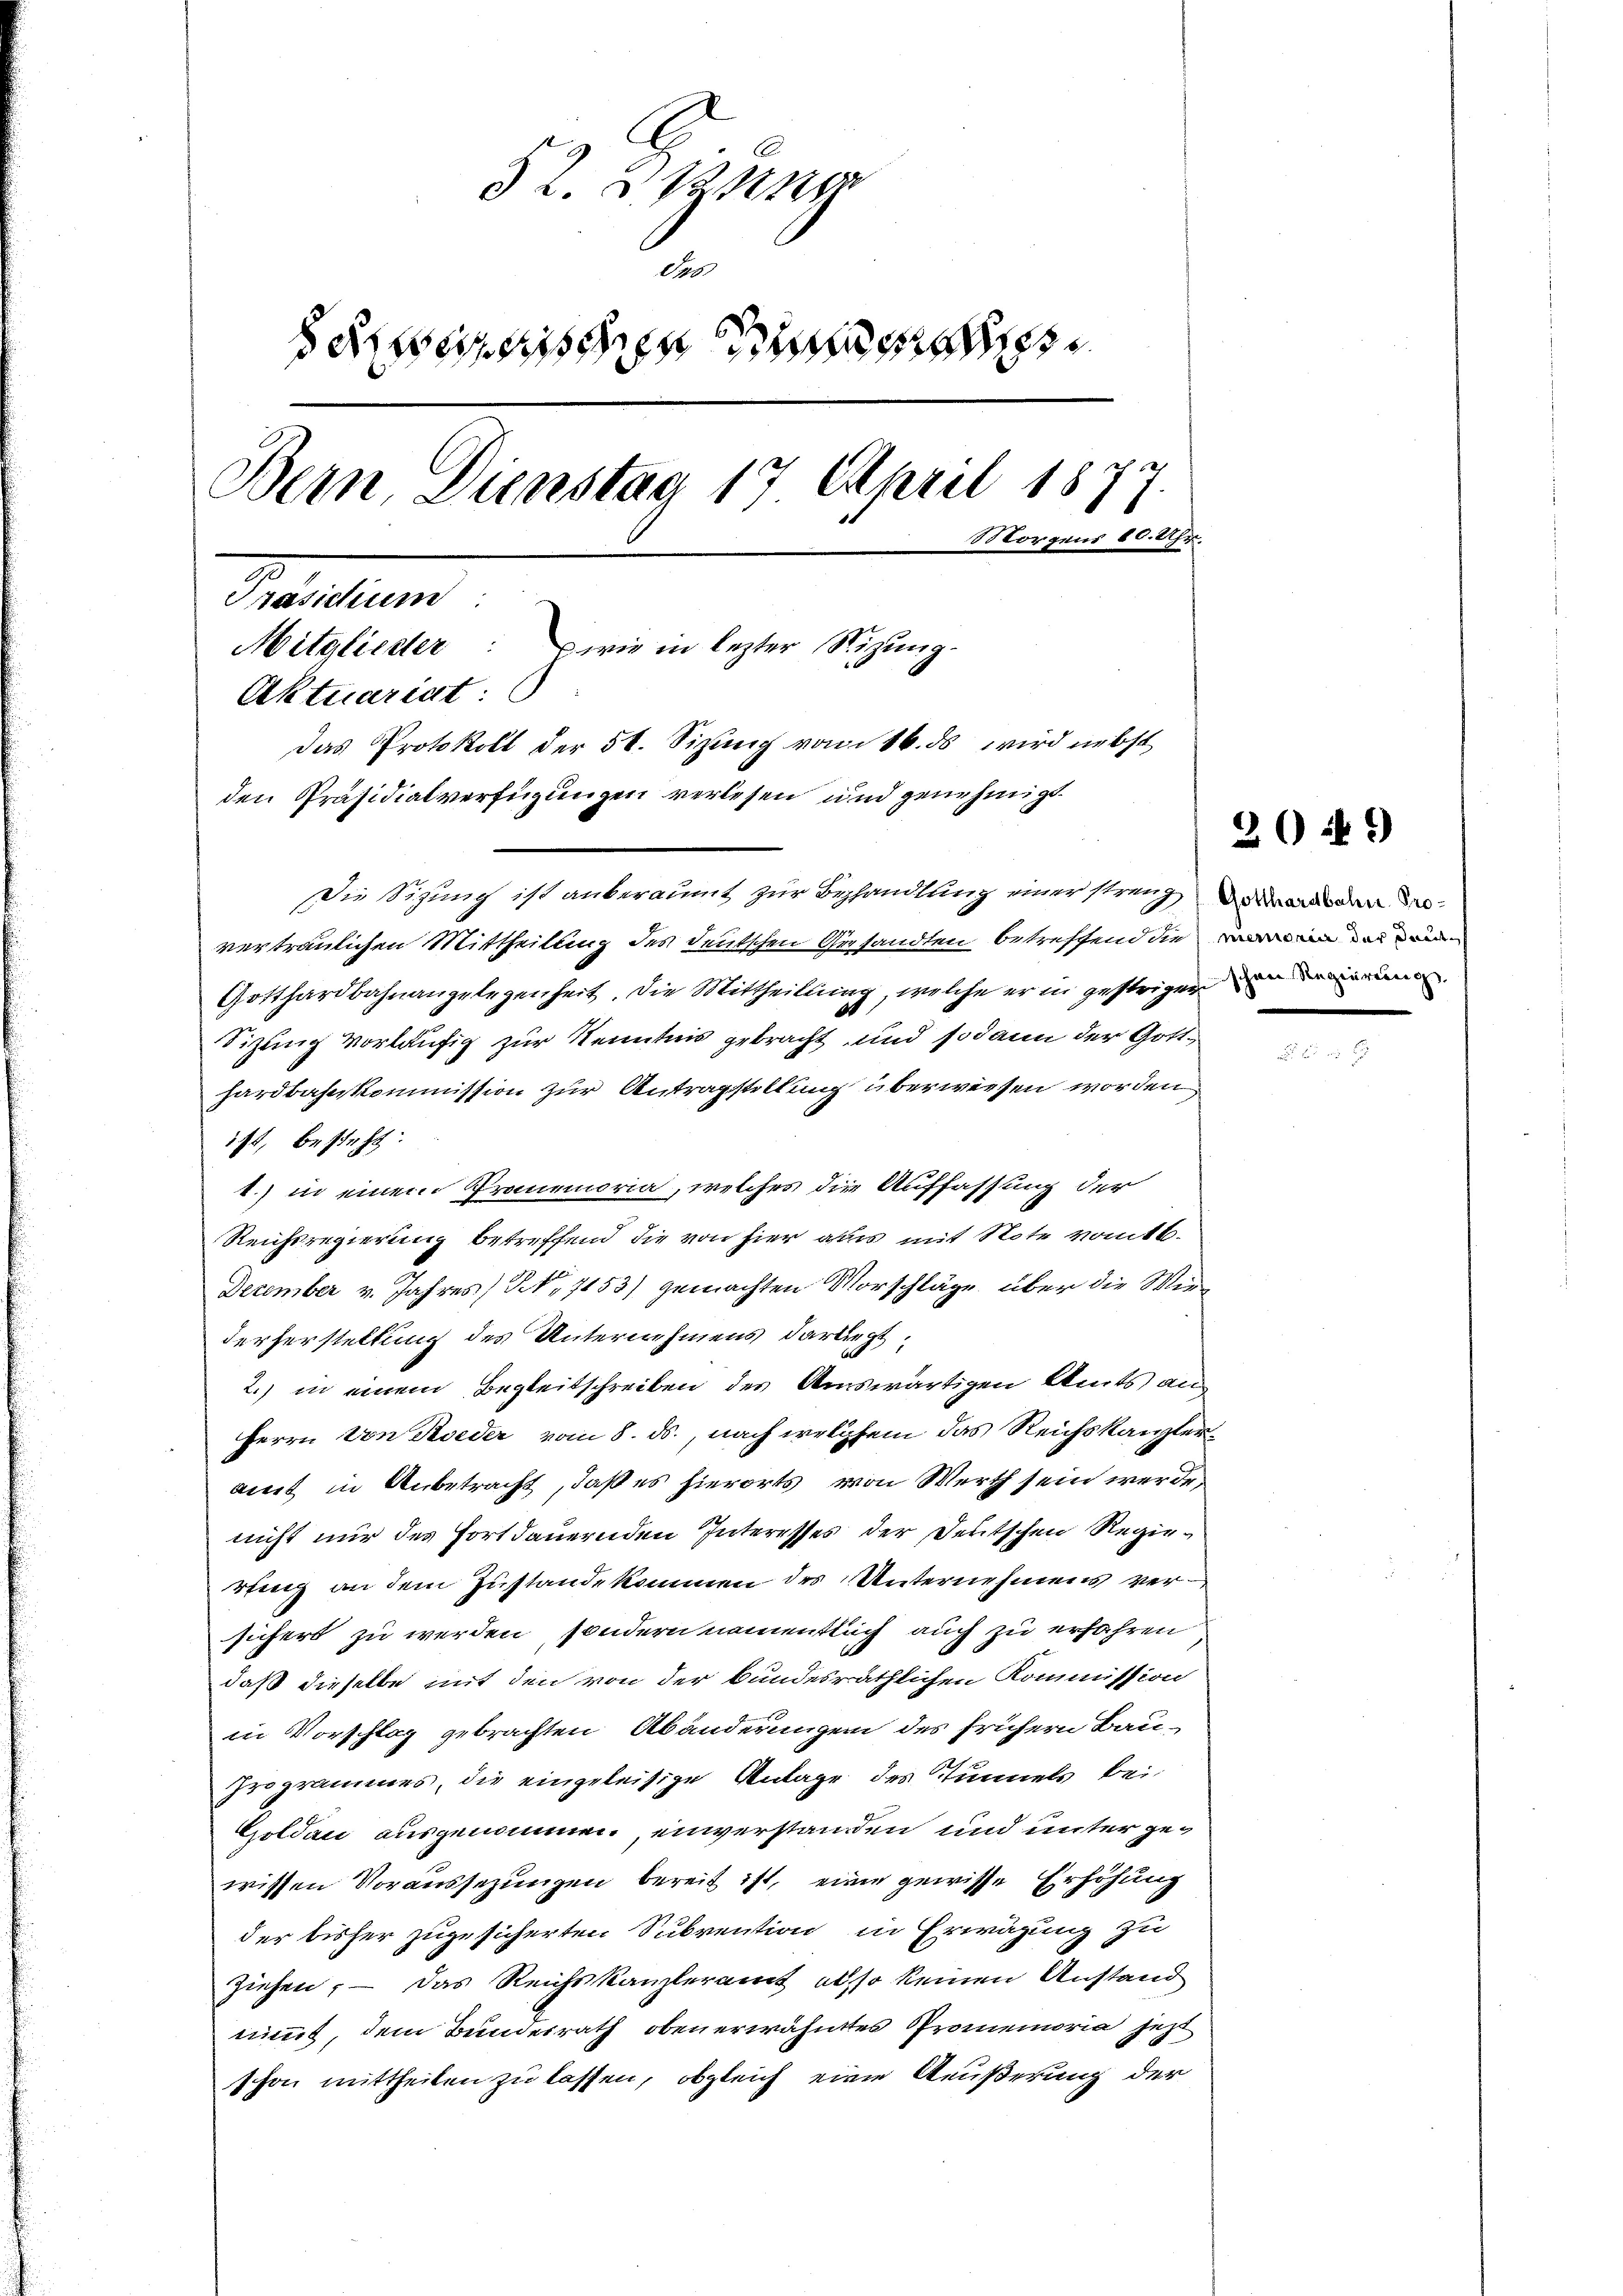
§ 2. 3.
des
aesen
Bern, Dienstag 17 April 18
Morgens 80. Uhr.
Prachtun
Mitglieder: wie in lezter Stizung.
Aktuariat:
Das Protokoll der 51. Sizung vom 16. ds wird nebst
den Präsidialverfügungen verlesen und genehmigt.

Die Sizung ist anberaumt zur Bezhandlung einer streng an den die
vertraulichen Mittheilung des deutschen Gesandten betreffend die in den
Gotthardbahnangelegenheit. Die Mittheilung, welche er in gestrigen und einen
Sizung vorläufig zur Kenntnis gebracht und sodann der Gotthardbahnkommission zur Antragstellung überwiesen worden
ist, besteht.
1.) in einem Promemoria, welches die Auffassung der
Reichsregierung betreffend die von hier als mit Note vomtt¬
December v. Jahres N. 7153) gemachten Vorschläge über die Merderherstellung des Unternehmens darliegt,
2.) in einem Begleitschreiben des Auswärtigen Amts an
Herrn von Roeder vom 8. ds., nach welchem das Reichskanzleramt in Anbetracht, daß es hierorts von Werth sein werde,
nicht nur des Fortdauernden Interesses der Deutschen Regiertung an dem Zustande kommen des Unternehmens versichert zu werden, sondern namentlich auch zu erfahren
daß dieselbe mit den von der bundesräthlichen Kommission
in Vorschlag gebrachten Abänderungen des frühern Bau¬
Programmes, die eingeleisige Anlage des Tunnels bei
Goldau ausgenommen, einverstanden und unter geg
wissen Voraussezungen bereit ist, eine gewisse Erhöhung
der bisher zugesicherten Subvention in Erwägung zu
ziehen; — das Reichskanzleramt also keinen Anstand
nimmt, dem Bundesrath oben erwähntes Promemoria jetzt
schon mittheilen zu lassen, obgleich eine Äußerung der

26 ff.